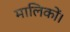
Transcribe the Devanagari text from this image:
मालिकों।